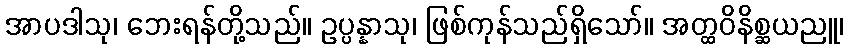
အာပဒါသု၊ ဘေးရန်တို့သည်။ ဥပ္ပန္နာသု၊ ဖြစ်ကုန်သည်ရှိသော်။ အတ္ထဝိနိစ္ဆယညူ၊